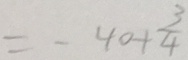
= - 4 0 + \frac { 3 } { 4 }